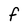
Character: F